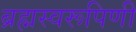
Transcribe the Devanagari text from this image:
ब्रह्मस्वरूपिणी